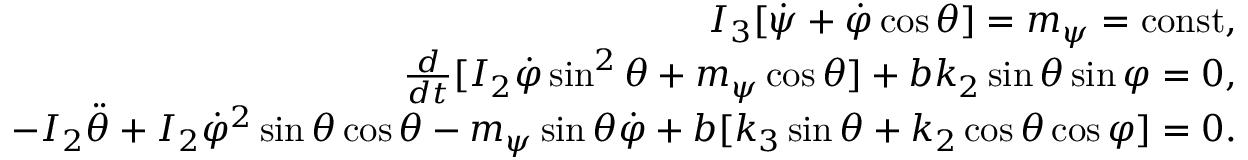
\begin{array} { r } { I _ { 3 } [ \dot { \psi } + \dot { \varphi } \cos \theta ] = m _ { \psi } = \mathrm { c o n s t } , } \\ { \frac { d } { d t } [ I _ { 2 } \dot { \varphi } \sin ^ { 2 } \theta + m _ { \psi } \cos \theta ] + b k _ { 2 } \sin \theta \sin \varphi = 0 , } \\ { - I _ { 2 } \ddot { \theta } + I _ { 2 } \dot { \varphi } ^ { 2 } \sin \theta \cos \theta - m _ { \psi } \sin \theta \dot { \varphi } + b [ k _ { 3 } \sin \theta + k _ { 2 } \cos \theta \cos \varphi ] = 0 . } \end{array}